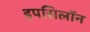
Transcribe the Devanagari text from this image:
इपसिलॉन